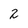
Character: 2